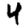
Digit: 4